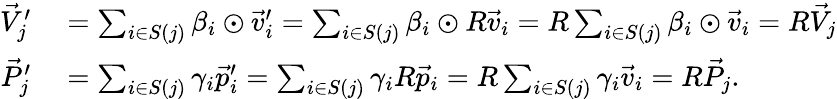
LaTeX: \begin{array}{rl}{\vec{V}_{j}^{\prime}}&{{}=\sum_{i\in S(j)}\beta_{i}\odot\vec{v}_{i}^{\prime}=\sum_{i\in S(j)}\beta_{i}\odot R\vec{v}_{i}=R\sum_{i\in S(j)}\beta_{i}\odot\vec{v}_{i}=R\vec{V}_{j}}\\ {\vec{P}_{j}^{\prime}}&{{}=\sum_{i\in S(j)}\gamma_{i}\vec{p}_{i}^{\prime}=\sum_{i\in S(j)}\gamma_{i}R\vec{p}_{i}=R\sum_{i\in S(j)}\gamma_{i}\vec{v}_{i}=R\vec{P}_{j}.}\end{array}